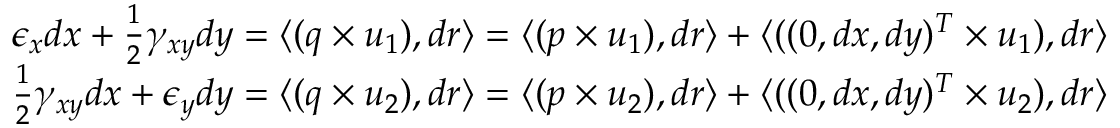
\begin{array} { r } { \epsilon _ { x } d x + \frac { 1 } { 2 } \gamma _ { x y } d y = \langle ( q \times u _ { 1 } ) , d r \rangle = \langle ( p \times u _ { 1 } ) , d r \rangle + \langle ( ( 0 , d x , d y ) ^ { T } \times u _ { 1 } ) , d r \rangle } \\ { \frac { 1 } { 2 } \gamma _ { x y } d x + \epsilon _ { y } d y = \langle ( q \times u _ { 2 } ) , d r \rangle = \langle ( p \times u _ { 2 } ) , d r \rangle + \langle ( ( 0 , d x , d y ) ^ { T } \times u _ { 2 } ) , d r \rangle } \end{array}